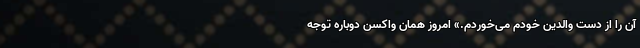
آن را از دستِ والدینِ خودم می‌خوردم.» امروز همان واکسن دوباره توجه